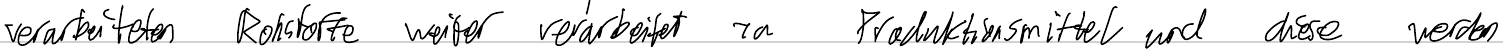
verarbeiteten Rohstoffe weiter verarbeitet zu Produktionsmittel und diese werden